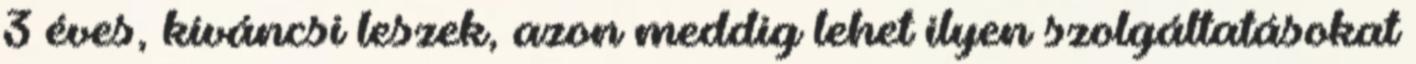
3 éves, kíváncsi leszek, azon meddig lehet ilyen szolgáltatásokat